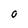
Character: O